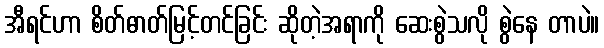
အီရင်ဟာ စိတ်ဓာတ်မြင့်တင်ခြင်း ဆိုတဲ့အရာကို ဆေးစွဲသလို စွဲနေ တာပဲ။